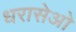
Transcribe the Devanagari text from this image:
धरासेओ